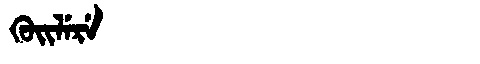
Manchu: ᡴᡠᡳᠯᡝᡵᡝ
Romanization: KUILERE